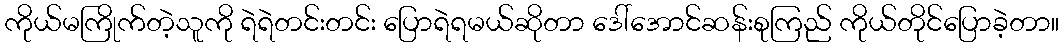
ကိုယ်မကြိုက်တဲ့သူကို ရဲရဲတင်းတင်း ပြောရဲရမယ်ဆိုတာ ဒေါ်အောင်ဆန်းစုကြည် ကိုယ်တိုင်ပြောခဲ့တာ။